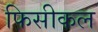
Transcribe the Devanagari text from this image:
फिसीकल